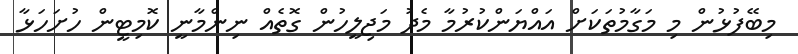
މިބޭފުޅުން މި މަގާމުތަކަށް އައްޔަންކުރުމާ މެދު މަޖިލީހުން ގޮތެއް ނިންމާނީ ކޮމިޓީން ހުށަހަޅާ